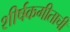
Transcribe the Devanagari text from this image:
शीर्षकगीताची